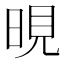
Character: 晛